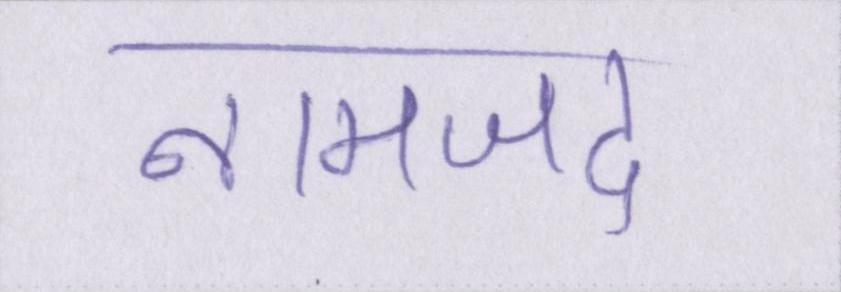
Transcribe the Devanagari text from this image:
नामजद